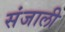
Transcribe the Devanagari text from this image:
संजाली